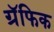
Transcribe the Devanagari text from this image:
ग्रॅफिक